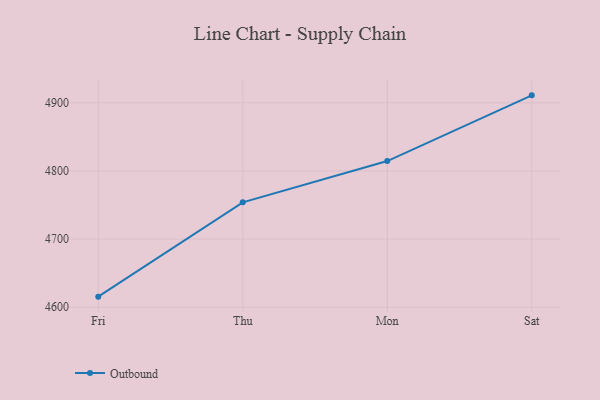
{"axis": {"x": "Day", "y": "Temperature (°C)"}, "legend": ["Outbound"], "data": [{"x": "Fri", "y": 4615.5, "type": "Outbound"}, {"x": "Thu", "y": 4753.9, "type": "Outbound"}, {"x": "Mon", "y": 4814.5, "type": "Outbound"}, {"x": "Sat", "y": 4910.9, "type": "Outbound"}]}